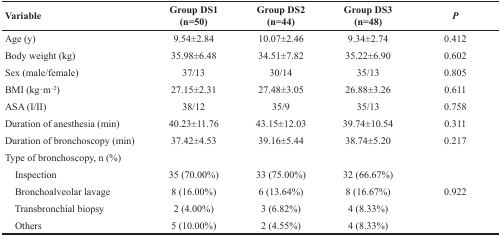
<table><thead><tr><td><b>Variable</b></td><td><b>Group DS1(n=50)</b></td><td><b>Group DS2(n=44)</b></td><td><b>Group DS3(n=48)</b></td><td><b><i>P</i></b></td></tr></thead><tbody><tr><td>Age (y)</td><td>9.54±2.84</td><td>10.07±2.46</td><td>9.34±2.74</td><td>0.412</td></tr><tr><td>Body weight (kg)</td><td>35.98±6.48</td><td>34.51±7.82</td><td>35.22±6.90</td><td>0.602</td></tr><tr><td>Sex (male/female)</td><td>37/13</td><td>30/14</td><td>35/13</td><td>0.805</td></tr><tr><td>BMI (kg·m<sup>–2</sup>)</td><td>27.15±2.31</td><td>27.48±3.05</td><td>26.88±3.26</td><td>0.611</td></tr><tr><td>ASA (I/II)</td><td>38/12</td><td>35/9</td><td>35/13</td><td>0.758</td></tr><tr><td>Duration of anesthesia (min)</td><td>40.23±11.76</td><td>43.15±12.03</td><td>39.74±10.54</td><td>0.311</td></tr><tr><td>Duration of bronchoscopy (min)</td><td>37.42±4.53</td><td>39.16±5.44</td><td>38.74±5.20</td><td>0.217</td></tr><tr><td>Type of bronchoscopy, n (%)</td><td></td><td></td><td></td><td></td></tr><tr><td> Inspection</td><td>35 (70.00%)</td><td>33 (75.00%)</td><td>32 (66.67%)</td><td></td></tr><tr><td> Bronchoalveolar lavage</td><td>8 (16.00%)</td><td>6 (13.64%)</td><td>8 (16.67%)</td><td>0.922</td></tr><tr><td> Transbronchial biopsy</td><td>2 (4.00%)</td><td>3 (6.82%)</td><td>4 (8.33%)</td><td></td></tr><tr><td> Others</td><td>5 (10.00%)</td><td>2 (4.55%)</td><td>4 (8.33%)</td><td></td></tr></tbody></table>